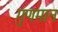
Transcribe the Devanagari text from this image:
गुणमान